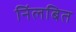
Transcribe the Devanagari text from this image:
निंलबित